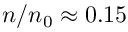
n / n _ { 0 } \approx 0 . 1 5